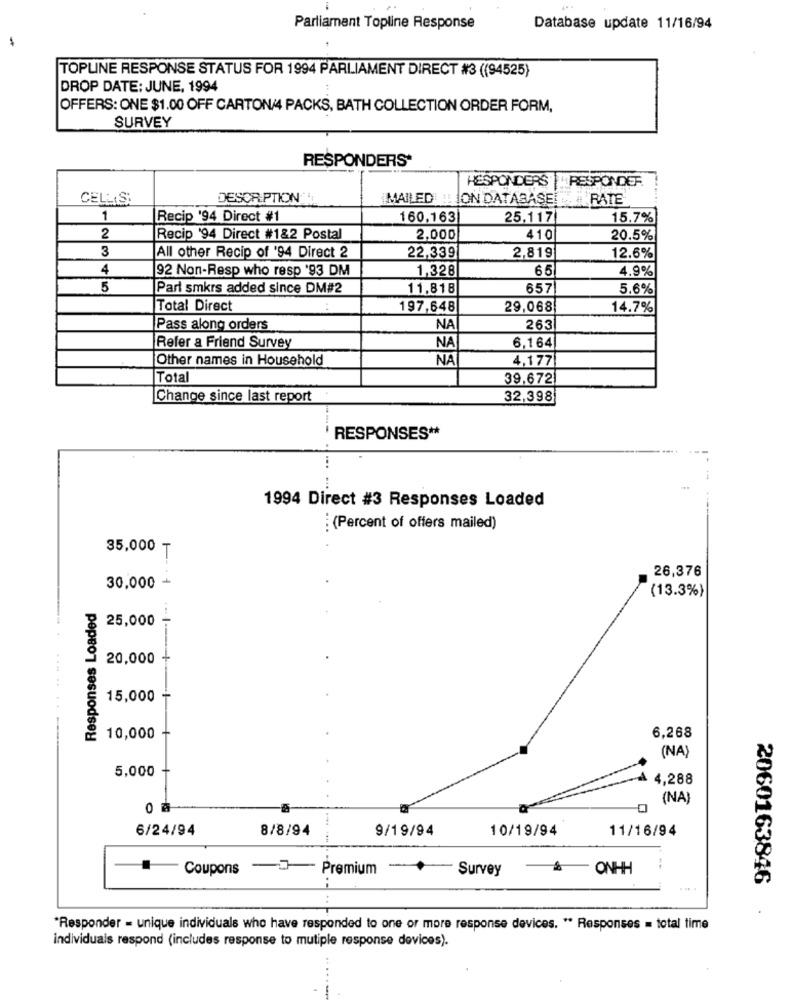
Parliament Topline Response
Database update 11/16/94
TOPLINE RESPONSE STATUS FOR 1994 PARLIAMENT DIRECT #3 ((94525)
DROP DATE: JUNE, 1994
OFFERS: ONE $1.00 OFF CARTON/4 PACKS, BATH COLLECTION ORDER FORM,
SURVEY
RESPONDERS*
RESPONDERS
RESPONDER
CELLIS:
DESCRIPTION
MAILED !! ON DATABASE!
RATE
1
Recip '94 Direct #1
160,163
25,117
15.7%
2
Recip '94 Direct #1&2 Postal
2,000
410
20.5%
3
All other Recip of '94 Direct 2
22,339
2,819
12.6%
4
92 Non-Resp who resp '93 DM
65
4.9%
1,328
5
Parl smkrs added since DM#2
11.818
657
5.6%
Total Direct
197,648
29,068
14.7%
Pass along orders
NA
263
Refer a Friend Survey
NA
6,164
Other names in Household
NA
4,177
Total
39,672
Change since last report
32,398
RESPONSES **
.... ...
1994 Direct #3 Responses Loaded
: (Percent of offers mailed)
35,000 ₸
26,376
30,000 +
(13.3%)
Responses Loaded
25,000
20,000
15,000
6,268
10,000
(NA)
5,000
4,288
(NA)
0 à
6/24/94
8/8/94
9/19/94
10/19/94
11/16/94
Coupons - Premium
-
Survey
& ONHH
2060163846
"Responder = unique individuals who have responded to one or more response devices. " Responses = total time
individuals respond (includes response to mutiple response devices).